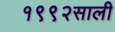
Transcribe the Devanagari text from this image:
१९९२साली